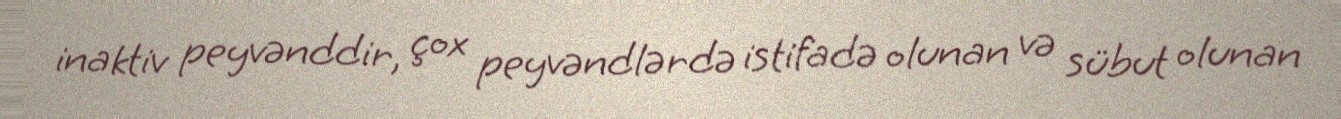
inaktiv peyvənddir, çox peyvəndlərdə istifadə olunan və sübut olunan